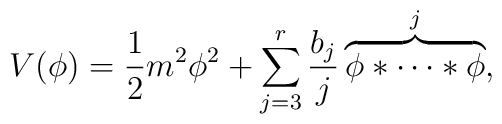
V(\phi)=\frac{1}{2}m^2\phi^2+\sum_{j=3}^r\frac{b_j}{j}\overbrace{\phi*\cdots*\phi}^j,